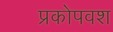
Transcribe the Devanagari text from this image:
प्रकोपवश